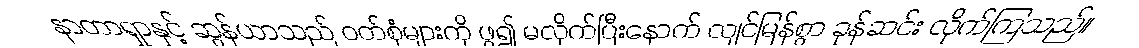
နာတာရှာနှင့် ဆွန်ယာသည် ဝတ်စုံများကို ဖွ၍ မလိုက်ပြီးနောက် လျင်မြန်စွာ ခုန်ဆင်း လိုက်ကြသည်။